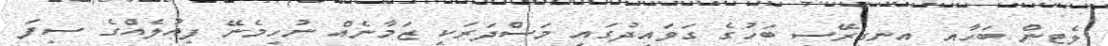
ލެޓިން ބަހާއި އިނގިރޭސި ބަހުގެ ގަވައިދުގައި މަސްދަރަކީ ޒަމާނެއް ނުހިމެނޭ ފިއުލެއްގެ ސިފަ